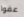
عفوا